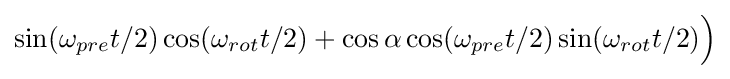
\sin(\omega _{pre}t/2)\cos(\omega _{rot}t/2)+\cos \alpha \cos(\omega _{pre}t/2)\sin(\omega _{rot}t/2){\Big )}